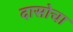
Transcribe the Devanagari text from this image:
दासोचा